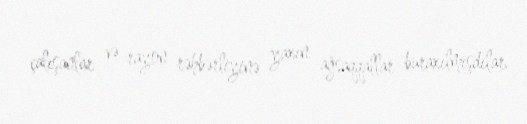
çalışanlar və rayon rəhbərliyinə yaxın ağsaqqallar buraxılmışdılar.